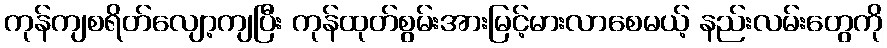
ကုန်ကျစရိတ်လျော့ကျပြီး ကုန်ထုတ်စွမ်းအားမြင့်မားလာစေမယ့် နည်းလမ်းတွေကို